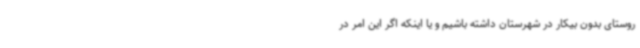
روستای بدون بیکار در شهرستان داشته باشیم و یا اینکه اگر این امر در